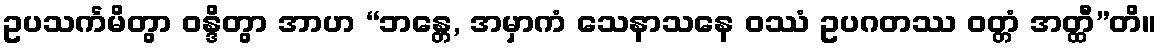
ဥပသင်္ကမိတွာ ဝန္ဒိတွာ အာဟ “ဘန္တေ, အမှာကံ သေနာသနေ ဝဿံ ဥပဂတဿ ဝတ္တံ အတ္ထီ”တိ။